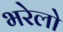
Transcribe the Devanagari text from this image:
भरेलो